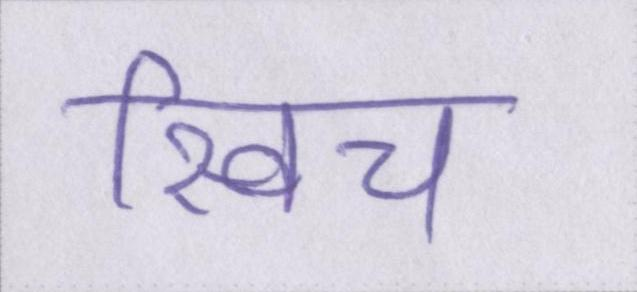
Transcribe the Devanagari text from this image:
स्विच